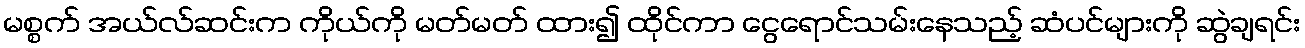
မစ္စက် အယ်လ်ဆင်းက ကိုယ်ကို မတ်မတ် ထား၍ ထိုင်ကာ ငွေရောင်သမ်းနေသည့် ဆံပင်များကို ဆွဲချရင်း